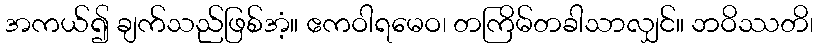
အကယ်၍ ချက်သည်ဖြစ်အံ့။ ဧကဝါရမေဝ၊ တကြိမ်တခါသာလျှင်။ ဘဝိဿတိ၊